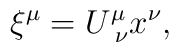
\xi ^\mu =U_{\,\,\nu }^\mu x^\nu ,